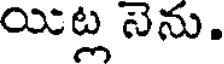
యిట్ల నెను.